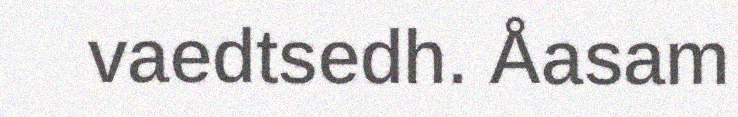
vaedtsedh. Åasam